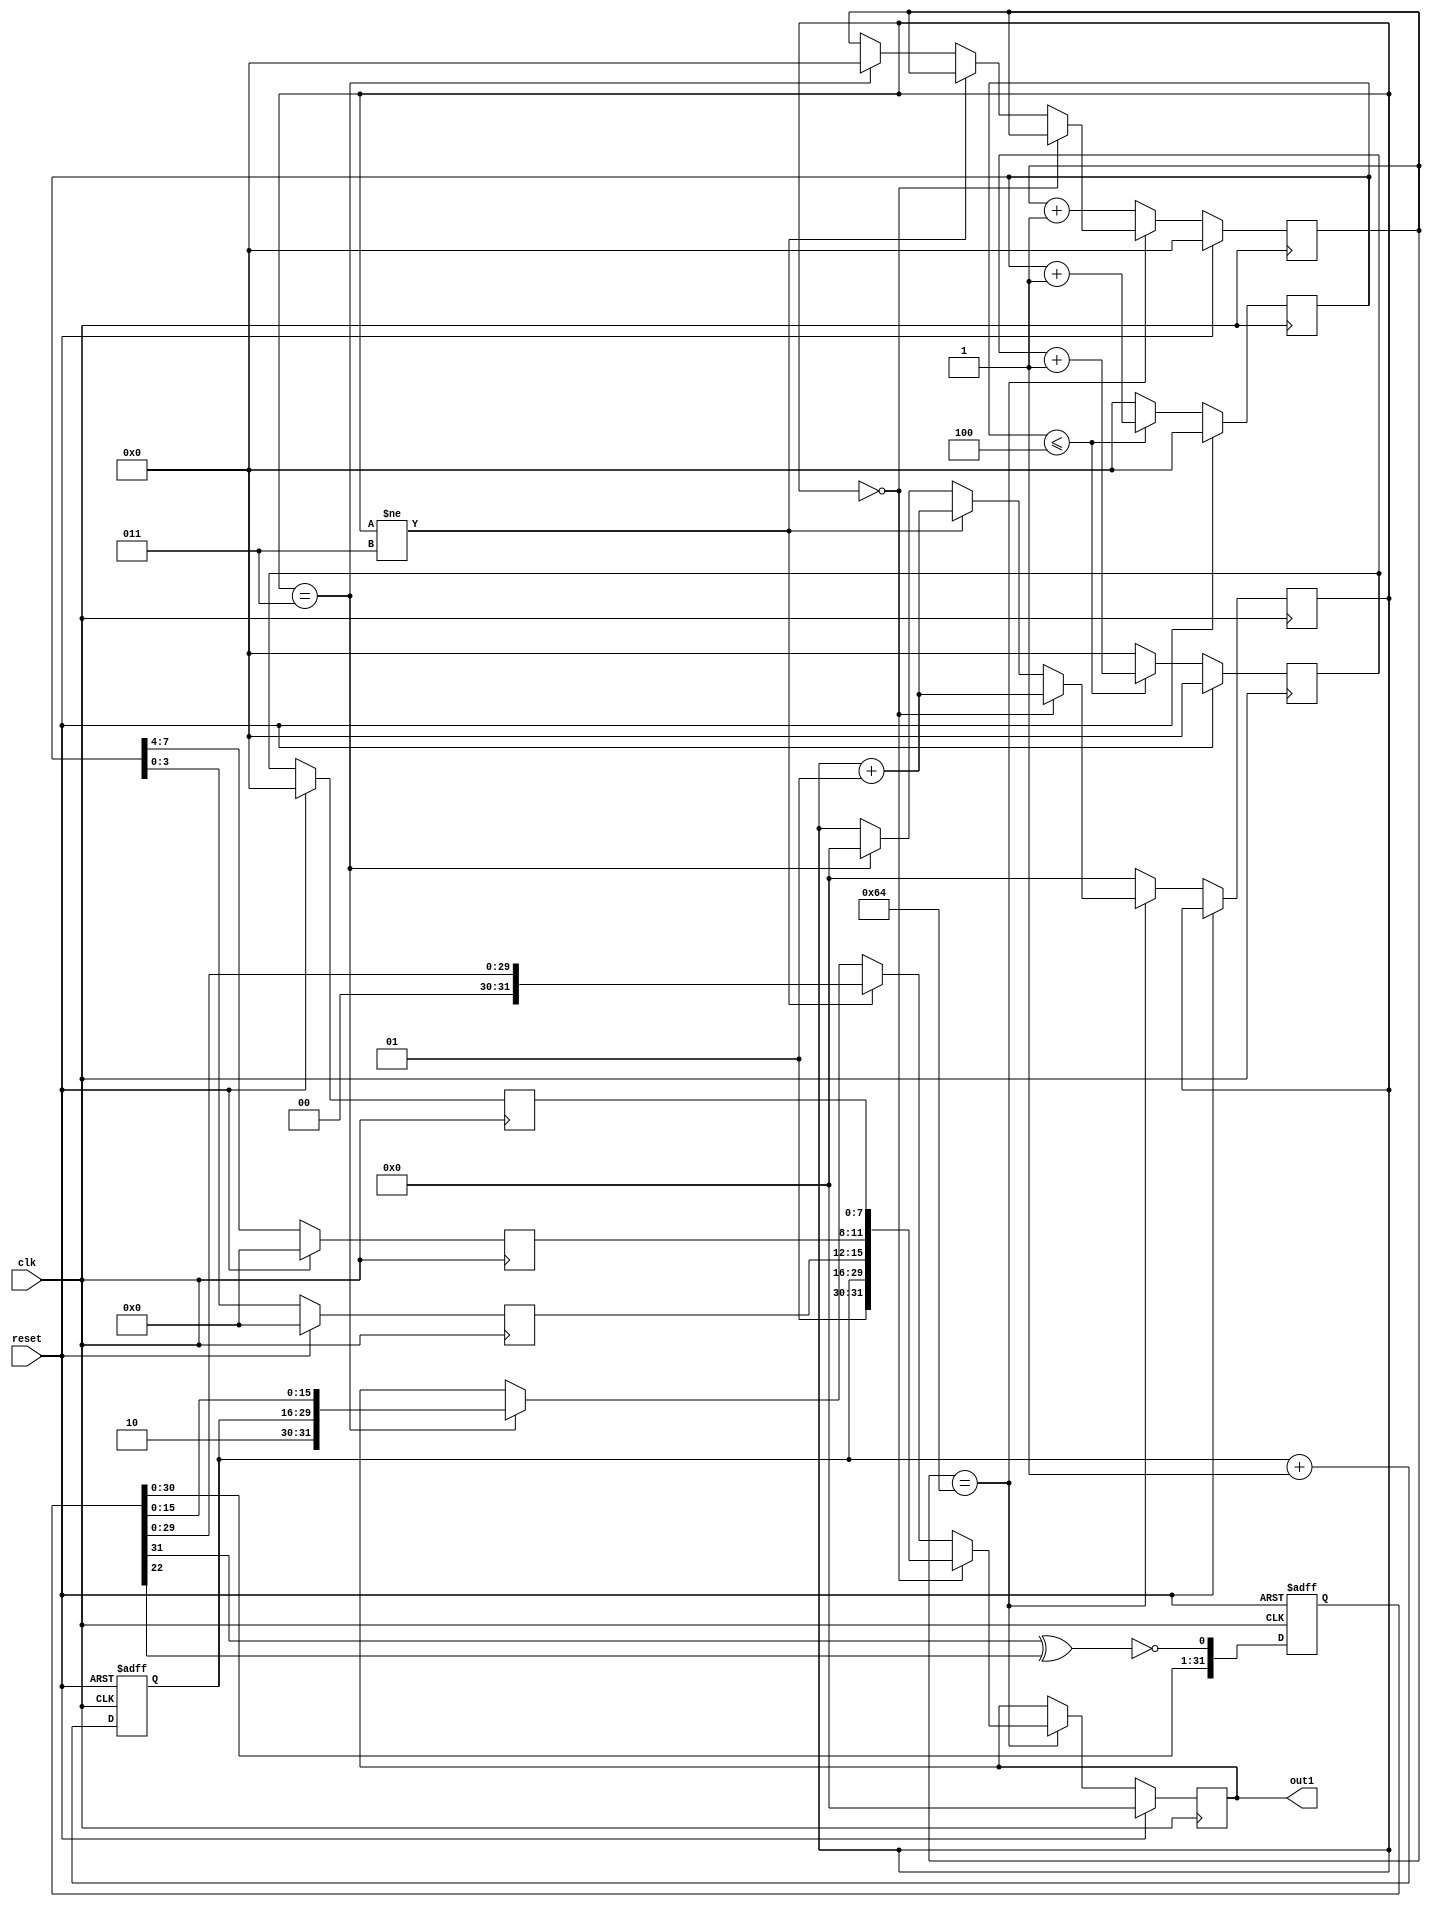
`timescale 1ns / 1ps
//////////////////////////////////////////////////////////////////////////////////
// Company: 
// Engineer: 
// 
// Design Name: 
// Module Name:    lfsr 
// Project Name: 
// Target Devices: 
// Tool versions: 
// Description: 
//
// Dependencies: 
//
// Revision: 
// Revision 0.01 - File Created
// Additional Comments: 
//
//////////////////////////////////////////////////////////////////////////////////
module lfsr(out1,  // Output of the counter
//enable,  // Enable  for counter
clk,  // clock input
reset              // reset input
);

//----------Output Ports--------------
output [31:0] out1;
//------------Input Ports--------------
//input [7:0] data;
input clk, reset;
parameter n=2;
//------------Internal Variables--------
reg [31:0] out1;
reg [31:0] out;
wire        linear_feedback;
//wire [3:0] source_address;
wire [1:0] flit_type;
wire [1:0] flit_type1;
wire [1:0] flit_type2;
//wire [7:0] destination_adress;
(* KEEP = "TRUE" *) reg[3:0] destx=4'b0;
(* KEEP = "TRUE" *) reg[3:0] desty=4'b0;
(* KEEP = "TRUE" *) reg [7:0] count1=8'b0;
(* KEEP = "TRUE" *) reg [13:0] count2=14'b0;
(* KEEP = "TRUE" *) reg [7:0] pid=8'b0;
//reg [21:0] time_stamp;
(* KEEP = "TRUE" *) reg [7:0] count=8'b00;
(* KEEP = "TRUE" *) reg [7:0] count3=8'b00;
(* KEEP = "TRUE" *) integer g=0;
//(* KEEP = "TRUE" *) reg[6:0] count3=0;
//wire soure_port;
//wire dest_port;

//-------------Code Starts Here-------

assign flit_type=2'b01;
assign flit_type1=2'b00;
assign flit_type2=2'b10;
//assign destination_adress=8'b00000001;
//assign time_stamp=$time;

always @(posedge clk)
begin
if(reset)
begin
count1=8'b0;
count=8'b0;
end
else if(count1<=n*n)
begin
count1=count1+1'b1;
count=count+1'b1;
end
else 
begin
count1=8'b0;
count=8'b0;
end
end

always @(posedge clk)
begin
if(reset)
begin
destx=4'b0;
desty=4'b0;
pid=8'b0;
end
else 
begin
destx=count1[3:0];
desty=count1[7:4];
pid=count[7:0];
end
end

assign linear_feedback = !(out[31]^ out[22]);
always @(posedge clk, posedge reset)
if (reset) 
begin // active high reset
out <= 32'b00000000 ;
count2<=14'b00000000;
// count3<= 4'b0;
  //time_stamp<=21'b000000000000000001010;
end 
else 
 begin
  out <= {out[30:0], linear_feedback}; //, source_address, destination_adress };
  //time_stamp<=$time;
 // $display(" decimal %d", time_stamp);
 // $display("binary out1 from lfsr %b", out1);
  count2<=count2+1'b1;
 // count3<=4'b0;
end 

/*
always @(*) begin
 counter_next = counter_next + 1;
end */

always @(posedge clk)
if (reset) 
begin
out1<=32'b0000;
count3<=8'b0;
end 
else if(count3==8'b01100100)
begin 
if(g==0)
begin 
out1<={flit_type, count2, destx, desty, pid}; 
//$display("head generated type %b pid %b desty %b destx %b count2 %b out1 %b", flit_type, pid, desty, destx, count2, out1);
//$display("head number %b", out[63:62]);
g=g+1;
//$display("first count value %b", count);
end
else if(g!=3)
begin
out1<={flit_type1, out[29:0]}; 
//$display("body generated  type %b out1 %b  out %b", flit_type1, out1,  out[15:0]);
//$display(" last 63 62 61 bits number %b", out[63:62]);
g=g+1;
//$display("value of g %d", g);
//counter_next=counter;
//$display("second count value %b", count);
end 
else if(g==3)
begin
out1<={flit_type2, count2, out[15:0]}; 
//$display("tail generated type %b out1 %b count2 %b  out %b", flit_type2,  out1, count2, out[15:0]);
//$display("count3 tail %b", time_stamp);
//$display("value of in tail g %d", g);
//$display(" last 63 62 61 bits number %b", out[63:62]);
g=0;
count3<=8'b0;
end
end
else 
begin
g=0;
count3<=count3+1'b1;
//#30; $finish;
//break;
end
endmodule // End Of Module counter